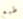
طبع